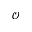
\mathcal { O }